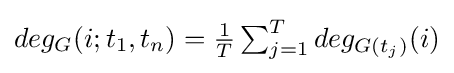
deg_{G}(i;t_{1},t_{n})=\textstyle {\frac {1}{T}}\sum _{j=1}^{T}{deg_{G(t_{j})}(i)}